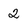
Character: 2